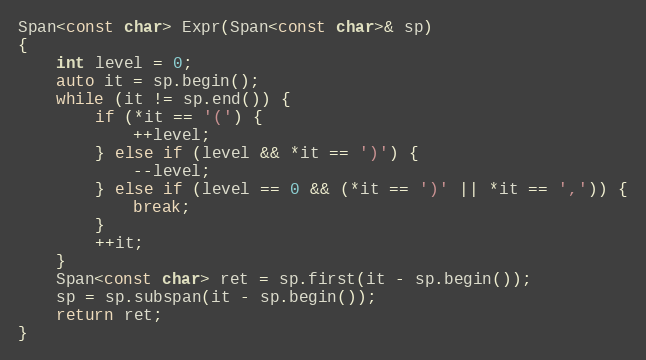
Language: C++
Span<const char> Expr(Span<const char>& sp)
{
    int level = 0;
    auto it = sp.begin();
    while (it != sp.end()) {
        if (*it == '(') {
            ++level;
        } else if (level && *it == ')') {
            --level;
        } else if (level == 0 && (*it == ')' || *it == ',')) {
            break;
        }
        ++it;
    }
    Span<const char> ret = sp.first(it - sp.begin());
    sp = sp.subspan(it - sp.begin());
    return ret;
}